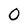
Character: 0